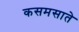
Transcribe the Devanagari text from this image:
कसमसाते